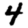
Digit: 4